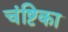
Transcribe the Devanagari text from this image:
चंष्टिका